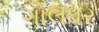
ગોલધર